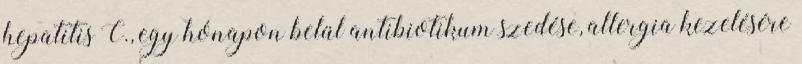
hepatitis C., egy hónapon belül antibiotikum szedése, allergia kezelésére